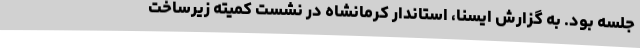
جلسه بود. به گزارش ایسنا، استاندار کرمانشاه در نشست کمیته زیرساخت